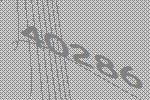
40286